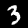
Label: 3